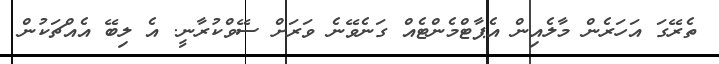
ތެރޭގަ އަހަރެން މާލެއިން އެޕާޓްމެންޓެއް ގަނެވޭނެ ވަރަށް ސޭވްކުރާނީ. އެ ލިބޭ އެއްޗަކުން